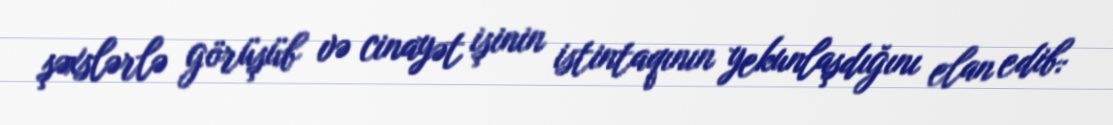
şəxslərlə görüşüb və cinayət işinin istintaqının yekunlaşdığını elan edib: